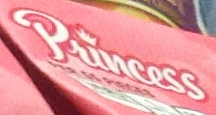
Princess